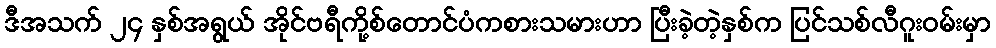
ဒီအသက် ၂၄ နှစ်အရွယ် အိုင်ဗရီကို့စ်တောင်ပံကစားသမားဟာ ပြီးခဲ့တဲ့နှစ်က ပြင်သစ်လီဂူးဝမ်းမှာ